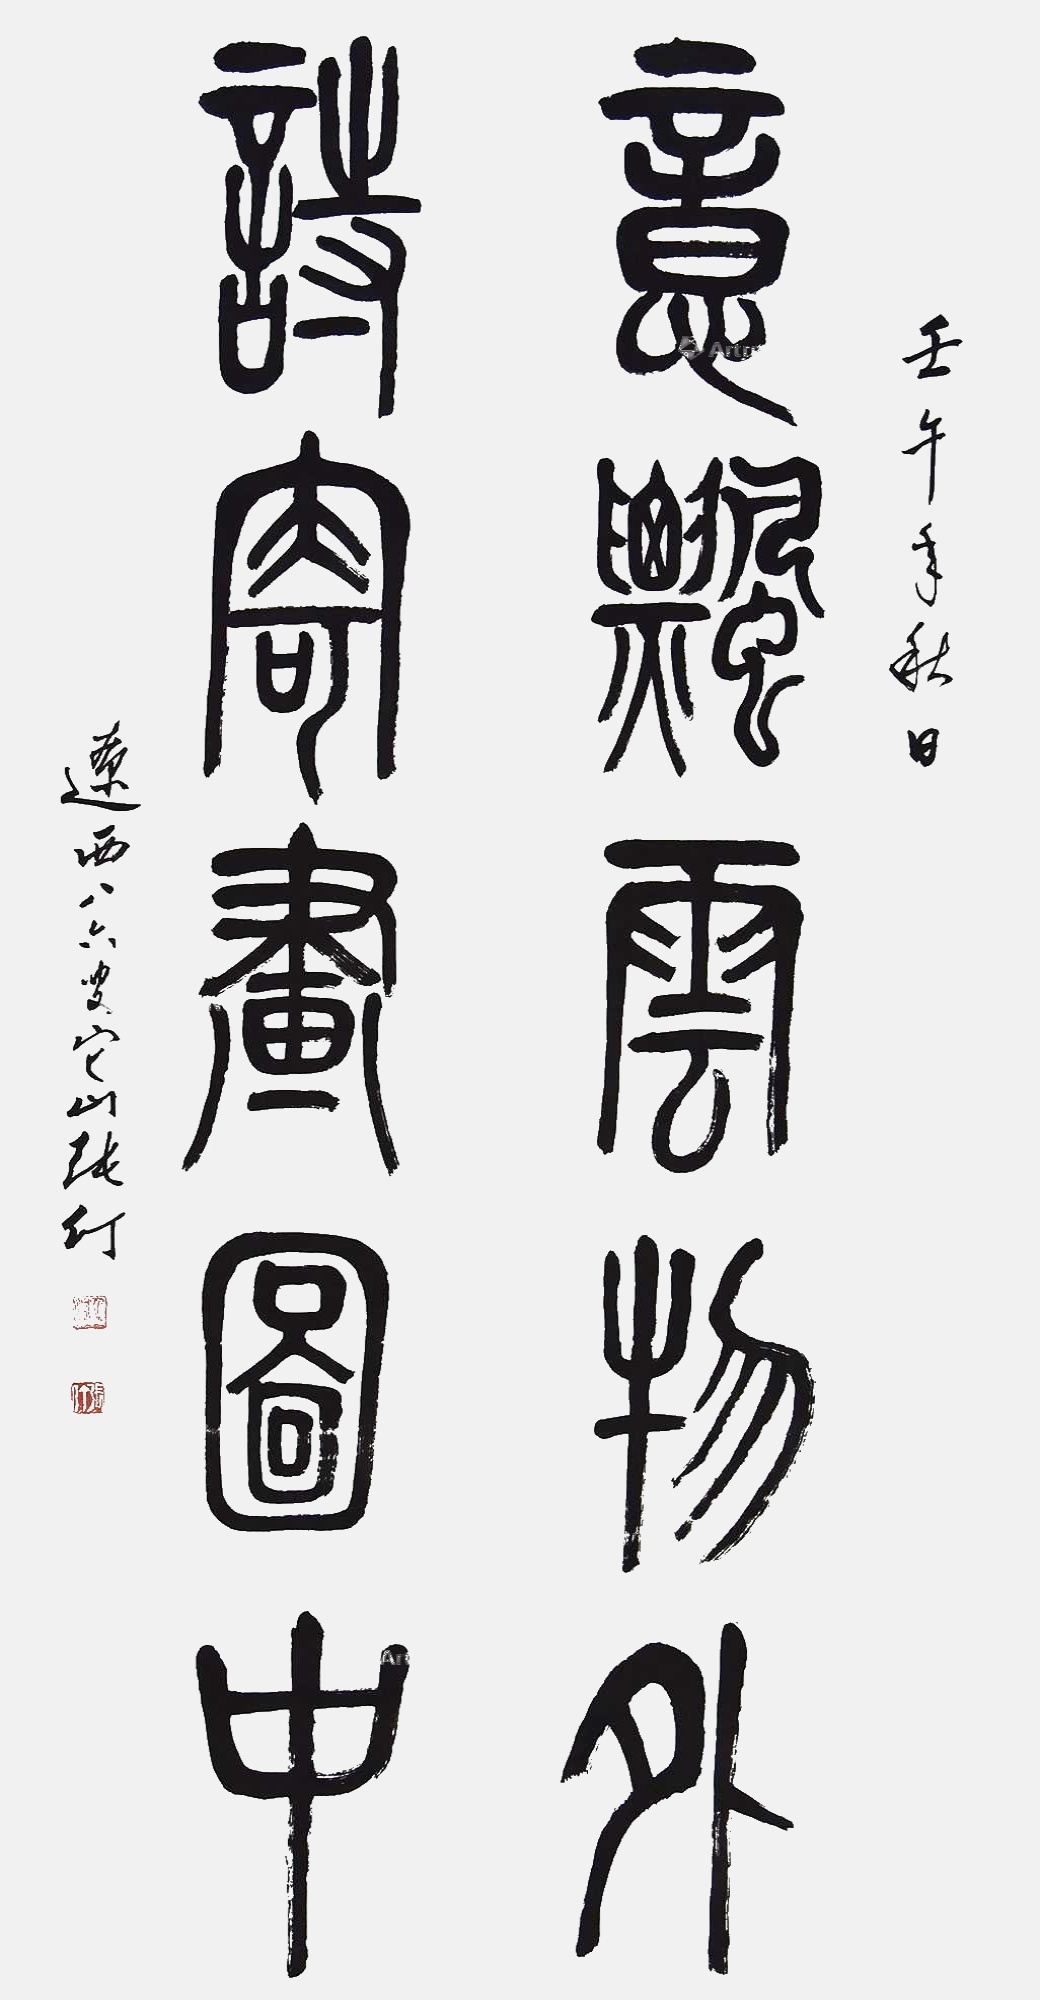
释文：意飘云物外诗寄画图中壬午年秋日辽西八六叟它山张仃